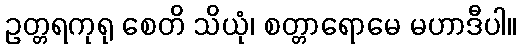
ဥတ္တရကုရု စေတိ သိယုံ၊ စတ္တာရောမေ မဟာဒီပါ။